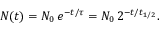
N ( t ) = N _ { 0 } \, e ^ { - t / \tau } = N _ { 0 } \, 2 ^ { - t / t _ { 1 / 2 } } . \,